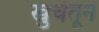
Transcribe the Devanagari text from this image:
खुर्चेतून